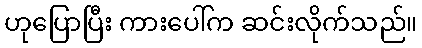
ဟုပြောပြီး ကားပေါ်က ဆင်းလိုက်သည်။